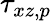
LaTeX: \tau_{xz,p}